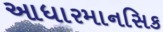
આધારમાનસિક